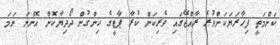
ކަންމަތީ ފިހާރަޔަކަށްވުރެ ރާއްޖޭގައި ވެރިކަން ކުރާ ޕާޓީގެ ހިންގުން ދޯދިޔާކޮށް އޮންނަ ނަމަ